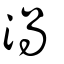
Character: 渦